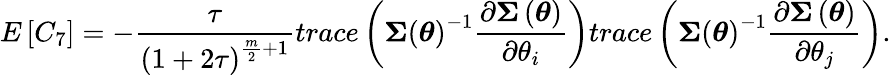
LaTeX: E\left[C_{7}\right]=-\frac{\tau}{\left(1+2\tau\right)^{\frac{m}{2}+1}}trace\left(\boldsymbol{\Sigma}\left(\boldsymbol{\theta}\right)^{-1}\frac{\partial\boldsymbol{\Sigma}\left(\boldsymbol{\theta}\right)}{\partial\theta_{i}}\right)trace\left(\boldsymbol{\Sigma}\left(\boldsymbol{\theta}\right)^{-1}\frac{\partial\boldsymbol{\Sigma}\left(\boldsymbol{\theta}\right)}{\partial\theta_{j}}\right).